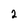
Character: 2